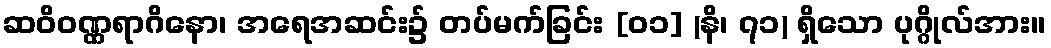
ဆဝိဝဏ္ဏရာဂိနော၊ အရေအဆင်း၌ တပ်မက်ခြင်း [၀၁] (နိ၊ ၇၁) ရှိသော ပုဂ္ဂိုလ်အား။